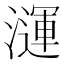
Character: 𪷦